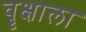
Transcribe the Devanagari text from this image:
वॄक्षाला